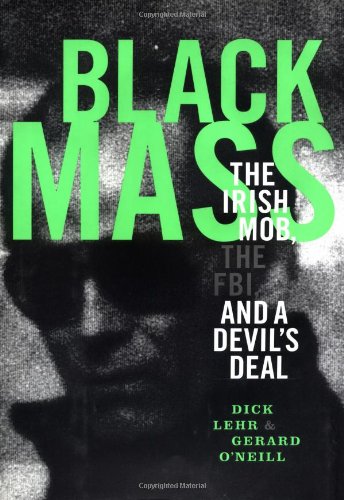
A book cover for Black Mass: The Irish Mob, The FBI and A Devil's Deal; Dick Lehr; Biographies & Memoirs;